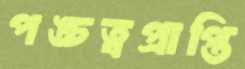
পঙ্চত্বপ্রাপ্তি